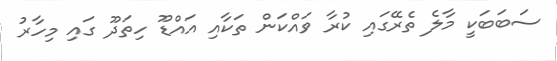
ސަބަބަކީ މާލެ ތެރޭގައި ކުރާ ވައްކަން ތަކާއި އައްޑޫ ހިތަދޫ ގައި މިހާރު